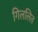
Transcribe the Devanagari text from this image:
गिललित